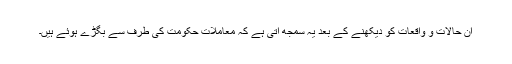
ان حالات و واقعات کو دیکھنے کے بعد یہ سمجھ آتی ہے کہ معاملات حکومت کی طرف سے بگڑے ہوئے ہیں۔